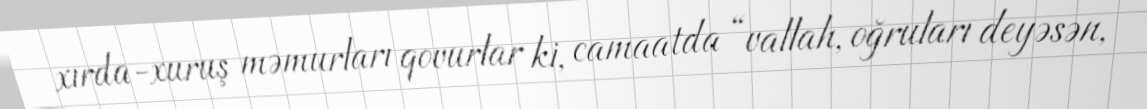
xırda-xuruş məmurları qovurlar ki, camaatda “vallah, oğruları deyəsən,